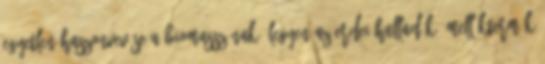
egyetlen haszonvevése a biomasszának, legyen az erdei hulladék, melléktermék